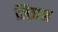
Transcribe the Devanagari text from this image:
लिज़ल